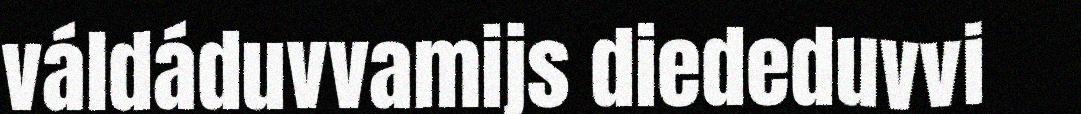
váldáduvvamijs diededuvvi